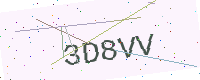
Text: 3D8VV